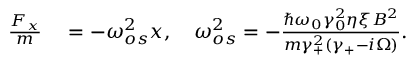
\begin{array} { r l } { \frac { F _ { x } } { m } } & { { } = - \omega _ { o s } ^ { 2 } x , \quad \omega _ { o s } ^ { 2 } = - \frac { \hslash \omega _ { 0 } \gamma _ { 0 } ^ { 2 } \eta \xi B ^ { 2 } } { m \gamma _ { + } ^ { 2 } ( \gamma _ { + } - i \Omega ) } . } \end{array}